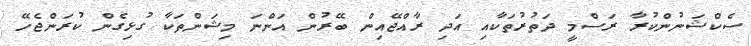
ސެކްޝަނުންކުރާ ރަސްމީ ދަތުރުތަކާއި އަދި ރާއްޖޭއިން ބޭރުން އަންނަ މިޝަންތަކާ ގުޅިގެން ކުރަންޖެހޭ